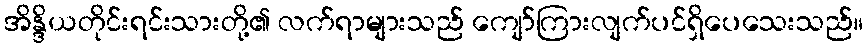
အိန္ဒိယတိုင်းရင်းသားတို့၏ လက်ရာများသည် ကျော်ကြားလျက်ပင်ရှိပေသေးသည်။